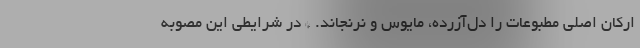
ارکان اصلی مطبوعات را دل‌آزرده، مایوس و نرنجاند. * در شرایطی این مصوبه